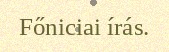
Főniciai írás.